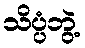
သိပ္ပံဘွဲ့